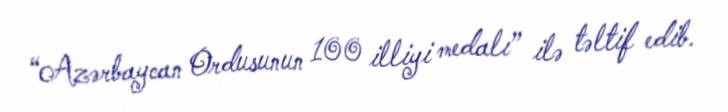
“Azərbaycan Ordusunun 100 illiyi medalı” ilə təltif edib.